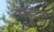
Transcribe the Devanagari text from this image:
फ्हूट